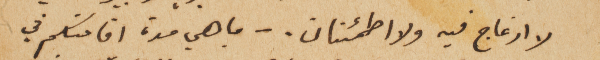
لا ازعاج فيه ولا اطمئنان. – ما هي مدة اقامتكم في